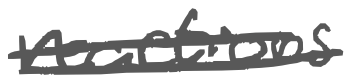
Text: reactions
Cross-out: double-line
Writing tool: digital_gray